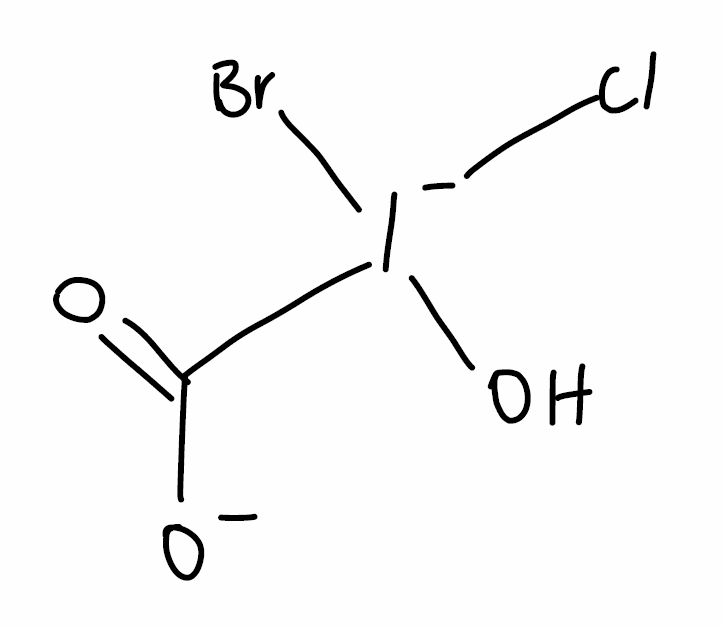
Simplified molecular-input line-entry system (SMILES) notation of the given molecule:
C(=O)([O-])[I-](O)(Cl)Br